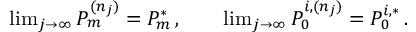
\begin{array} { r } { \operatorname* { l i m } _ { j \to \infty } P _ { m } ^ { ( n _ { j } ) } = P _ { m } ^ { * } \, , \qquad \operatorname* { l i m } _ { j \to \infty } P _ { 0 } ^ { i , ( n _ { j } ) } = P _ { 0 } ^ { i , * } \, . } \end{array}